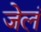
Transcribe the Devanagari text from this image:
जेलं